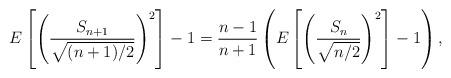
LaTeX: \begin{align*}E\left[\left(\frac{S_{n+1}}{\sqrt{(n+1)/2} }\right)^2\right]-1=\frac{n-1}{n+1} \left( E\left[\left(\frac{S_{n}}{\sqrt{n/2} }\right)^2\right]-1\right),\end{align*}